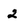
Character: 2